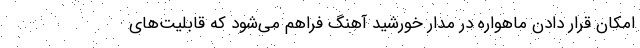
امکان قرار دادن ماهواره در مدار خورشید آهنگ فراهم می‌شود که قابلیت‌های